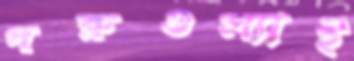
গরুগুল্যাই